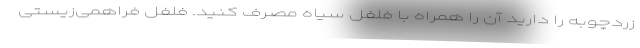
زردچوبه را دارید آن را همراه با فلفل سیاه مصرف کنید. فلفل فراهمی‌زیستی